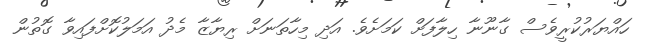
ހައްޔަރުކުރީވެސް ގާނޫނާ ހިލާފަށް ކަމަށެވެ. އަދި މިހާތަނަށް ރިޔާޒާ މެދު އަމަލުކޮށްފައިވާ ގޮތުން